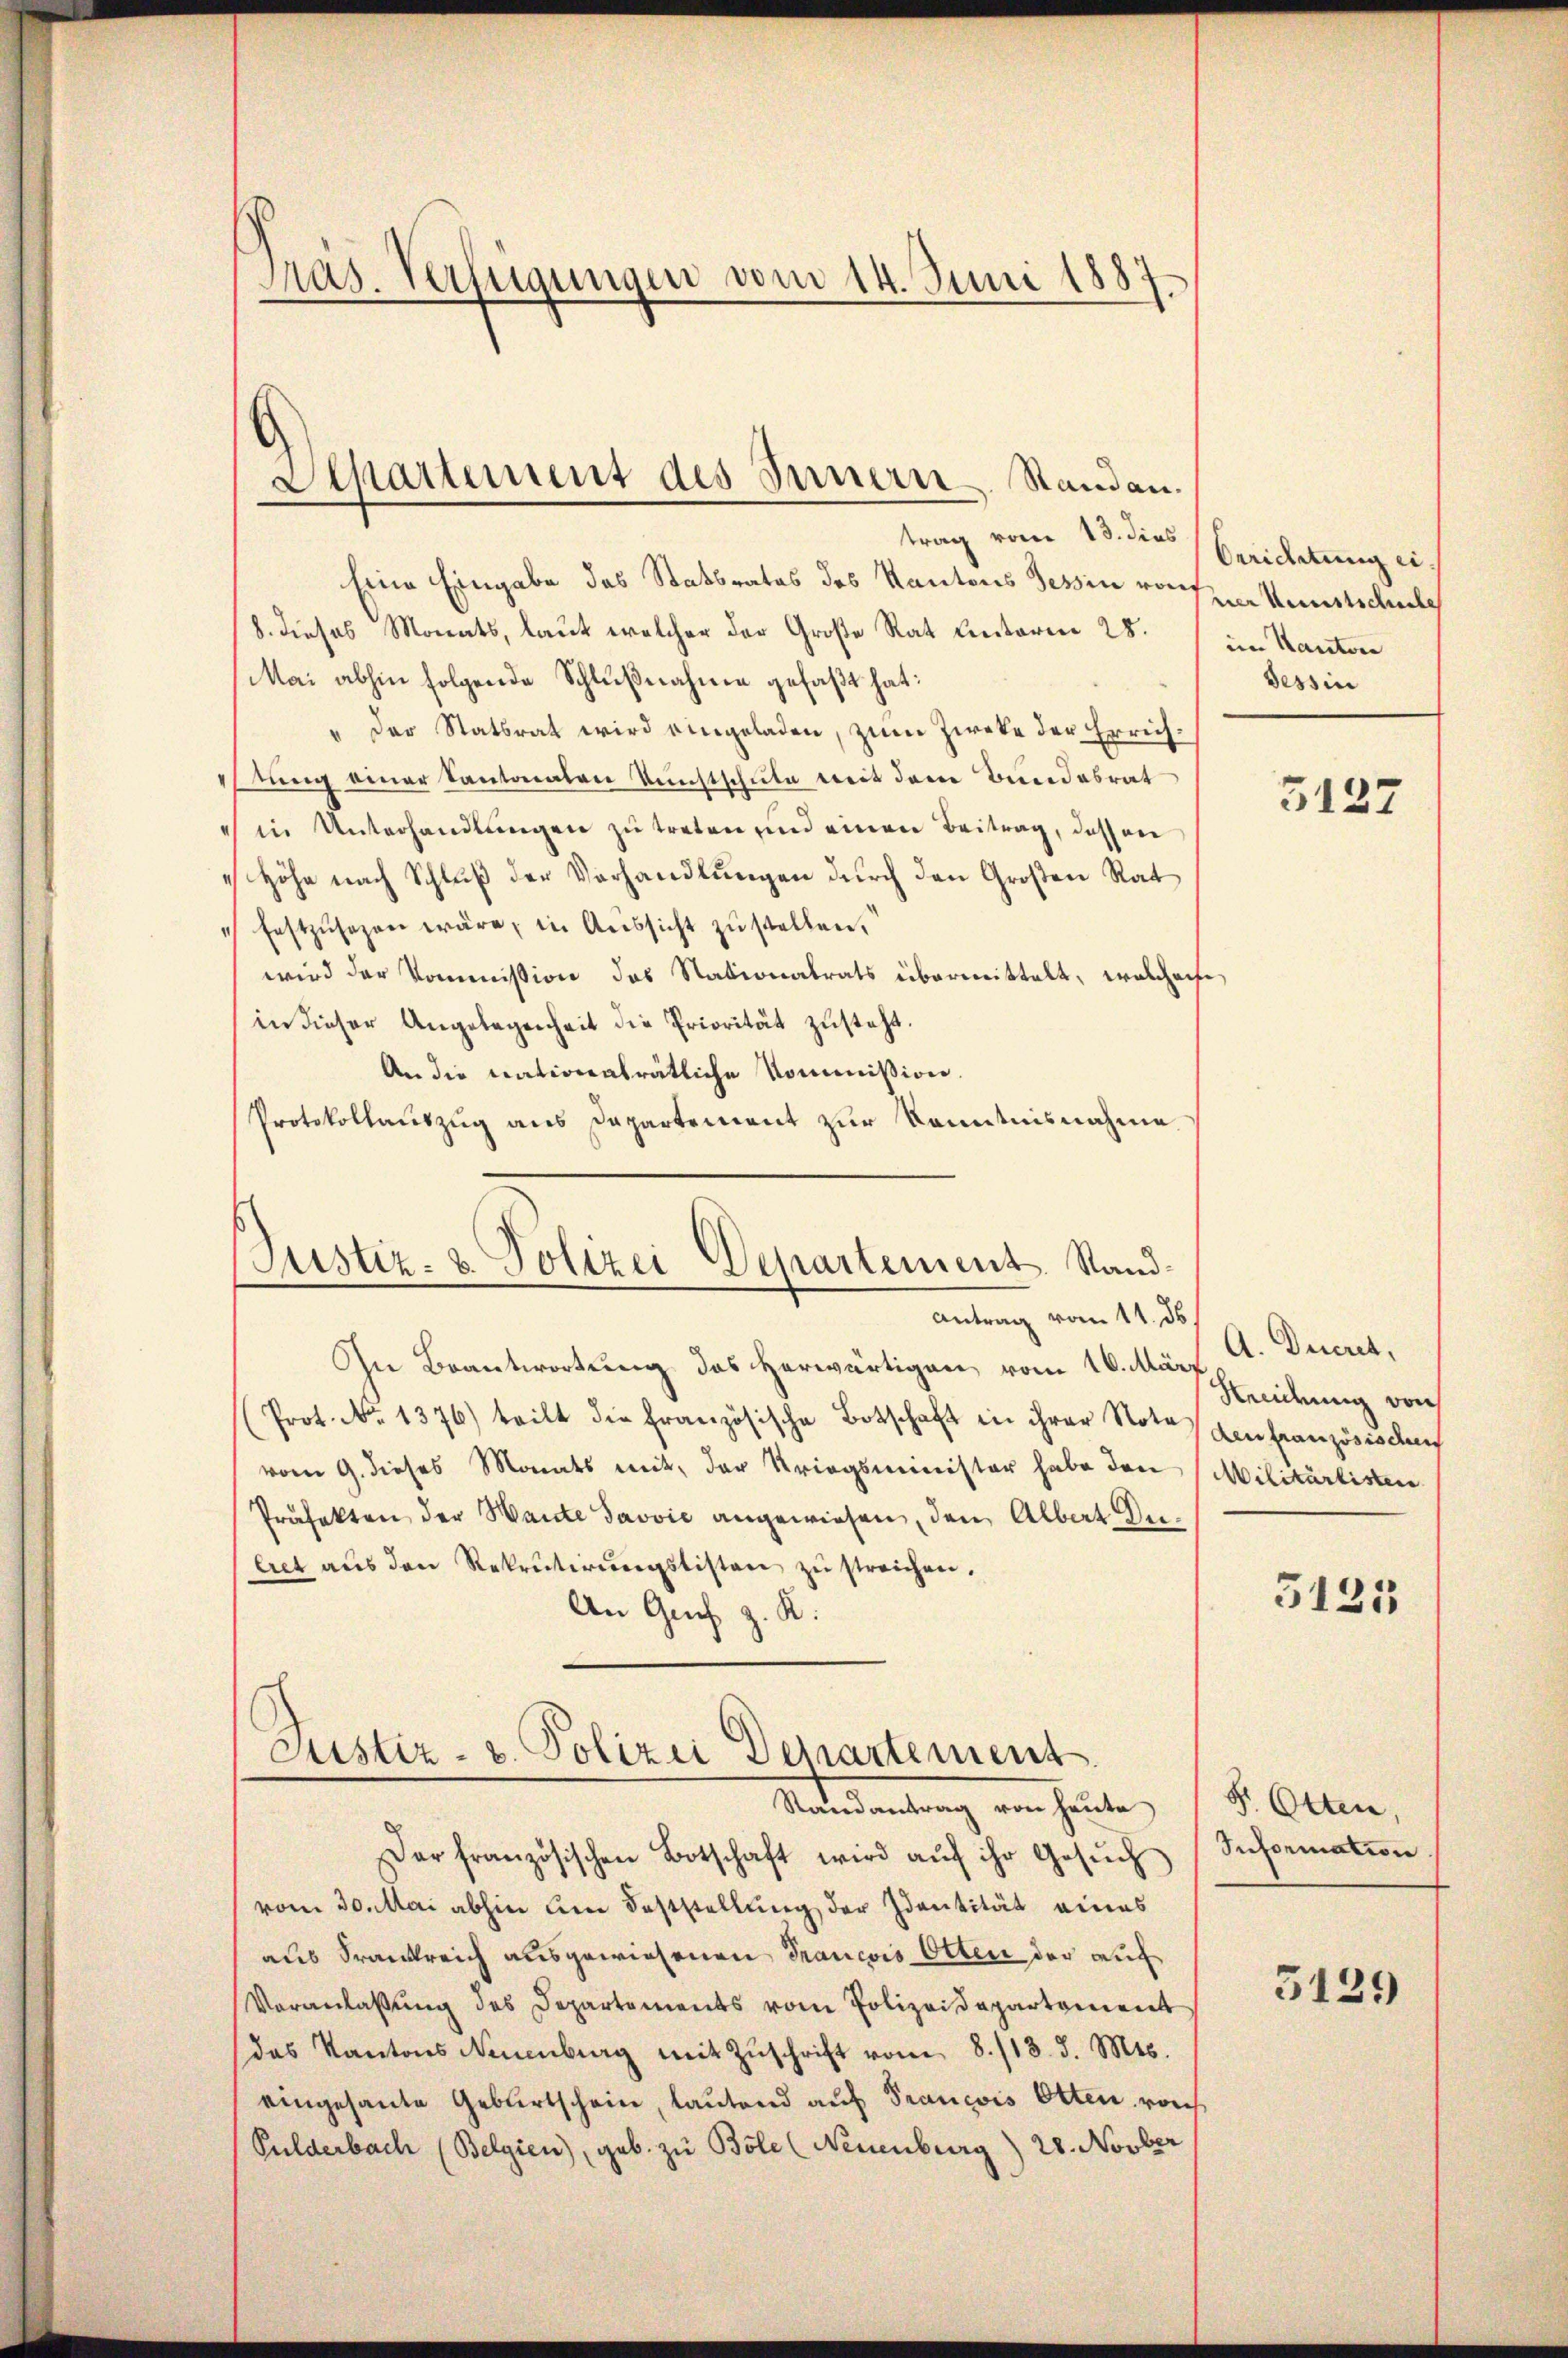
Präs. Verfügungen vom 14. Juni 1887

trag vom 13. dies Berichtung ei
Eine Eingabe das Statbrates des Kantons Tessin vor der Kunstschule
8. dieses Monats, laut welcher der Große Rat unterm 28. im Kantone
Mai abhin folgende Schlŭβnahme gefaßt hat:
" Der Statsrat wird eingeladen, zum Zieke der Errichtung einer Kantonalen Kunstschule weit dem Bundesrat
 in Unterhandlŭngen zŭ treten und einen Beitrag, dassen
 Höhe nach Schluß der Vorhandlungen durch den Großen Rat
" festzusagen wäre, in Aussicht zu stellen,
wird der Kommission des Nationalrats übermittelt, welchere
in dieser Angelegenheit die Priorität zusteht.
An die nationalrätliche Kommission.
Protokollauszug aus Dapartement zur Kenntnisnahme.

Separtement des Innern Standen.

Justiz- & Polizei Departement. Stand¬

Antrag vom 11. ds.
In Beantwortung des Herwärtigen, vom 16. März
(Prot. No. 1376) teilt die französische Botschaft in ihrer Note
vom 9. dieses Monats mit der Kriegsminister habe den
Präfekten der Haute Javvić angewiesen, den Albert Dulret aŭs den Rekrutirŭngstisten zŭ streichen.
An Genf z. K.

Justiz- & Polizei Departement.
Sores antrag von heute

Der französischen Botschaft wird aŭf ihr Gesŭch (Seformation
vom 30. Mai abhin am Feststellung der Identität eines
aus Frankreich ausgewiesenen Trancois Otten der auch
Veranlaßung des Departements vom Polizeidepartement
das Kantons Neuenburg mit Zŭschrift vom 8./13. d. Mts.
eingesante Geburtschein, lautend auf Prancois Otten von
Pulderbach (Belgien, geb. zu Bole (Neuenburg) 28. Novber

Tessin

3127

A. Ducret,
Necidung von
den französis du
Militärlisten

5125

F. Otten,

5129